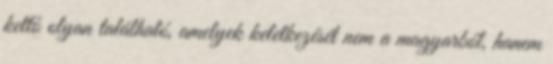
kettő olyan található, amelyek keletkezését nem a magyarból, hanem